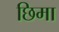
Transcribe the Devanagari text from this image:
छिमा